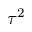
\tau ^ { 2 }